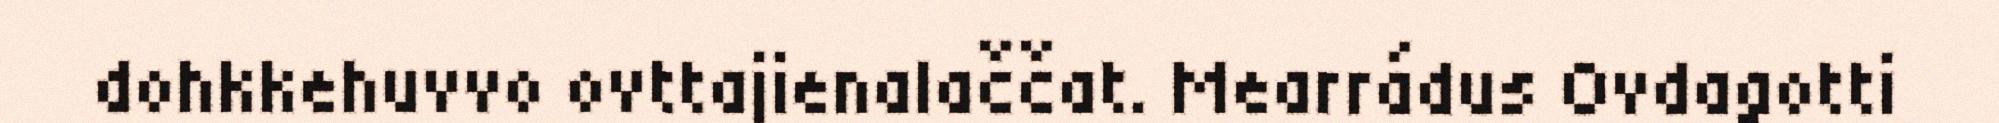
dohkkehuvvo ovttajienalaččat. Mearrádus Ovdagotti